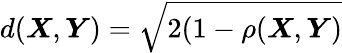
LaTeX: d(\boldsymbol{X},\boldsymbol{Y})=\sqrt{2(1-\rho(\boldsymbol{X},\boldsymbol{Y})}